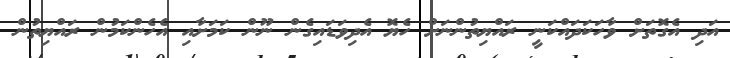
އަދި އެގޮތަށް ވާހަކަދައްކަނީ ރައްޔިތުންނަށް ހެޔޮ އެދިވަޑައިގެން ނޫން ކަމަށާއި އެހެންކަމުން ރައްޔިތުން